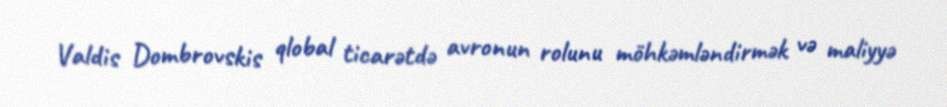
Valdis Dombrovskis qlobal ticarətdə avronun rolunu möhkəmləndirmək və maliyyə